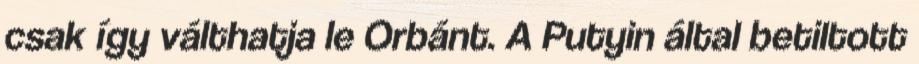
csak így válthatja le Orbánt. A Putyin által betiltott